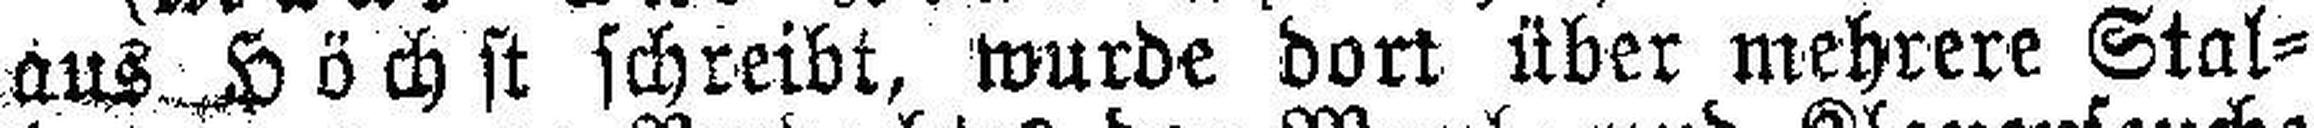
aus Höchst schreibt, wurde dort über mehrere Stal¬